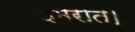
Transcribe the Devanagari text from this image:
इमरात।